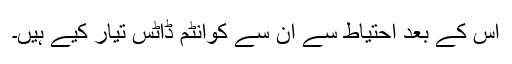
اس کے بعد احتیاط سے ان سے کوانٹم ڈاٹس تیار کیے ہیں۔